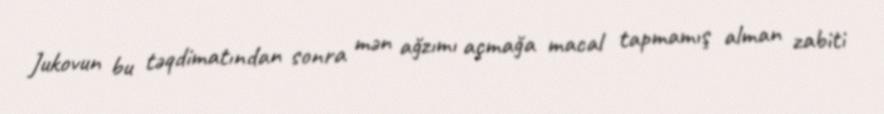
Jukovun bu təqdimatından sonra mən ağzımı açmağa macal tapmamış alman zabiti